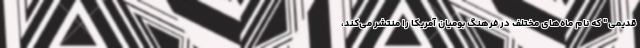
قدیمی" که نام ماه‌‌های مختلف در فرهنگ بومیان آمریکا را منتشر می‌کند،